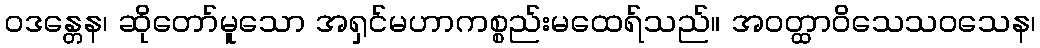
ဝဒန္တေန၊ ဆိုတော်မူသော အရှင်မဟာကစ္စည်းမထေရ်သည်။ အဝတ္ထာဝိသေသဝသေန၊